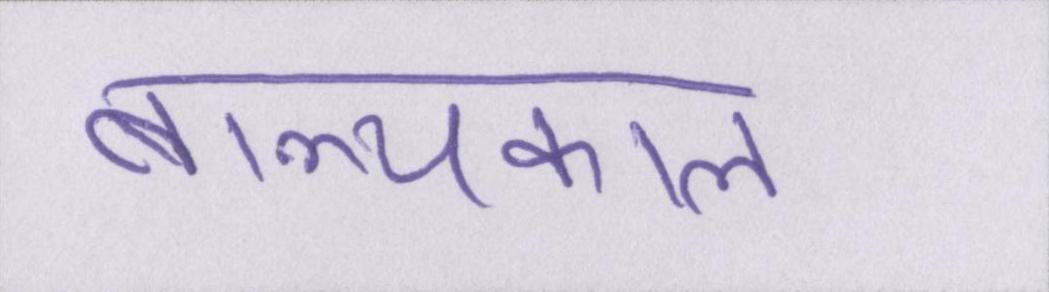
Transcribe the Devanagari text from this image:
बाल्यकाल